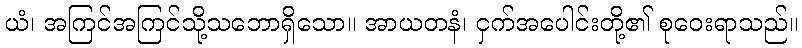
ယံ၊ အကြင်အကြင်သို့သဘောရှိသော။ အာယတနံ၊ ငှက်အပေါင်းတို့၏ စုဝေးရာသည်။